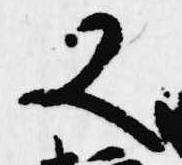
又